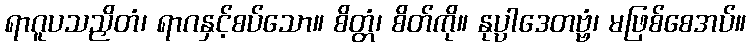
ရာဂူပသညှိတံ၊ ရာဂနှင့်စပ်သော။ စိတ္တံ၊ စိတ်ကို။ နုပ္ပါဒေတဗ္ဗံ၊ မဖြစ်စေအပ်။